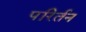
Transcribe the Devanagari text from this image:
परिर्तन